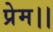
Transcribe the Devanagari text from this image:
प्रेम।।